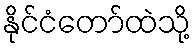
နိုင်ငံတော်ထဲသို့